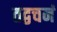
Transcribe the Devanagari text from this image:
तद्वचनं